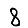
Digit: 8